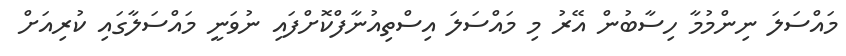
މައްސަލަ ނިންމުމާ ހިސާބުން އޭރު މި މައްސަލަ އިސްތިއުނާފްކޮށްފައި ނުވަނީ މައްސަލާގައި ކުރިއަށް